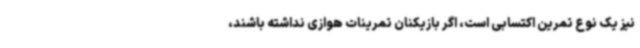
نیز یک نوع تمرین اکتسابی است، اگر بازیکنان تمرینات هوازی نداشته باشند،